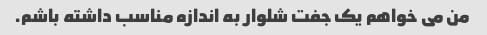
من می خواهم یک جفت شلوار به اندازه مناسب داشته باشم.